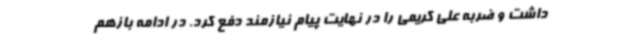
داشت و ضربه علی کریمی را در نهایت پیام نیازمند دفع کرد. در ادامه بازهم